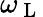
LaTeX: \omega_{\mathrm{~L~}}